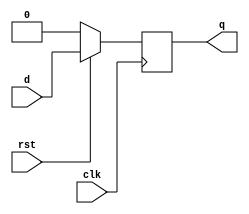
module d_ff(d,clk,q,rst);
    input d,clk,rst;
    output reg q;
    
    always@(posedge clk)//synchronous reset
    begin
        if (!rst)//rst == 0 or !rst -- Active  Low Reset
        	q = 0;
        else
        q=d;
    end
    
endmodule